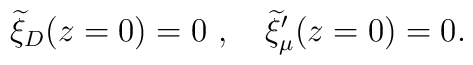
{\widetilde \xi}_D(z=0)=0~,~~~{\widetilde \xi}_\mu^\prime (z=0)=0.